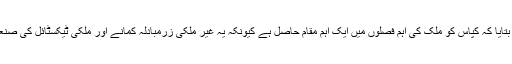
ایک ملاقات کے دوران ماہرین زراعت نے بتایا کہ کپاس کو ملک کی اہم فصلوں میں ایک اہم مقام حاصل ہے کیونکہ یہ غیر ملکی زرمبادلہ کمانے اور ملکی ٹیکسٹائل کی صنعت کے فروغ میں اہم کردار ادا کررہی ہے ۔